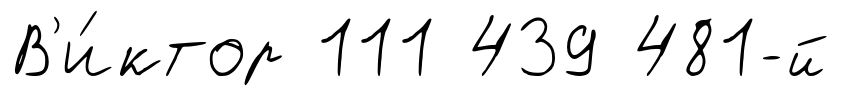
В'и́ктор 111 439 481-й